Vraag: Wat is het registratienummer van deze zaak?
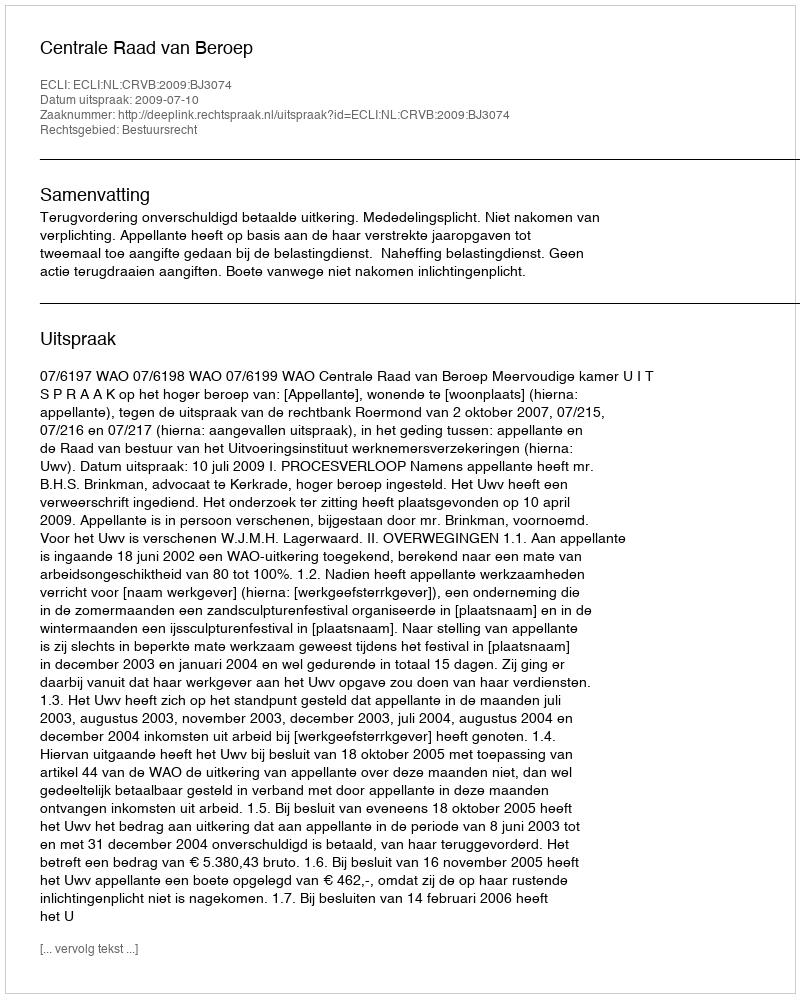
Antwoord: http://deeplink.rechtspraak.nl/uitspraak?id=ECLI:NL:CRVB:2009:BJ3074